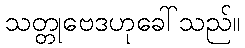
သတ္တုဗေဒဟုခေါ်သည်။